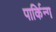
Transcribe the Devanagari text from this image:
पार्किन्ग